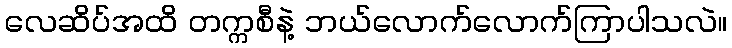
လေဆိပ်အထိ တက္ကစီနဲ့ ဘယ်လောက်လောက်ကြာပါသလဲ။